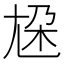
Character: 尮